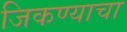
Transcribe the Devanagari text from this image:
जिकण्याचा